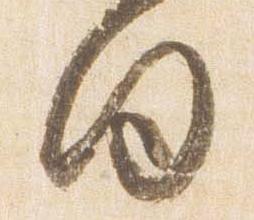
向